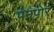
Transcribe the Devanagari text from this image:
पमपोर